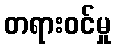
တရားဝင်မှု